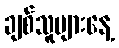
ချစ်သူများနေ့